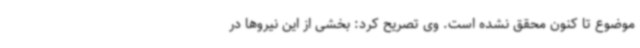
موضوع تا کنون محقق نشده است. وی تصریح کرد: بخشی از این نیروها در